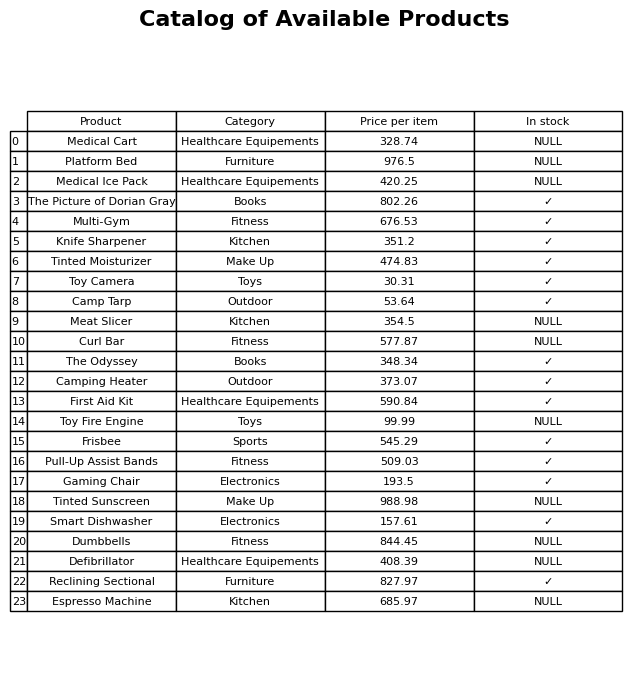
question: What is the price for Multi-Gym?
answer: The price of Multi-Gym is 676.53.